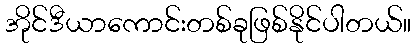
အိုင်ဒီယာကောင်းတစ်ခုဖြစ်နိုင်ပါတယ်။